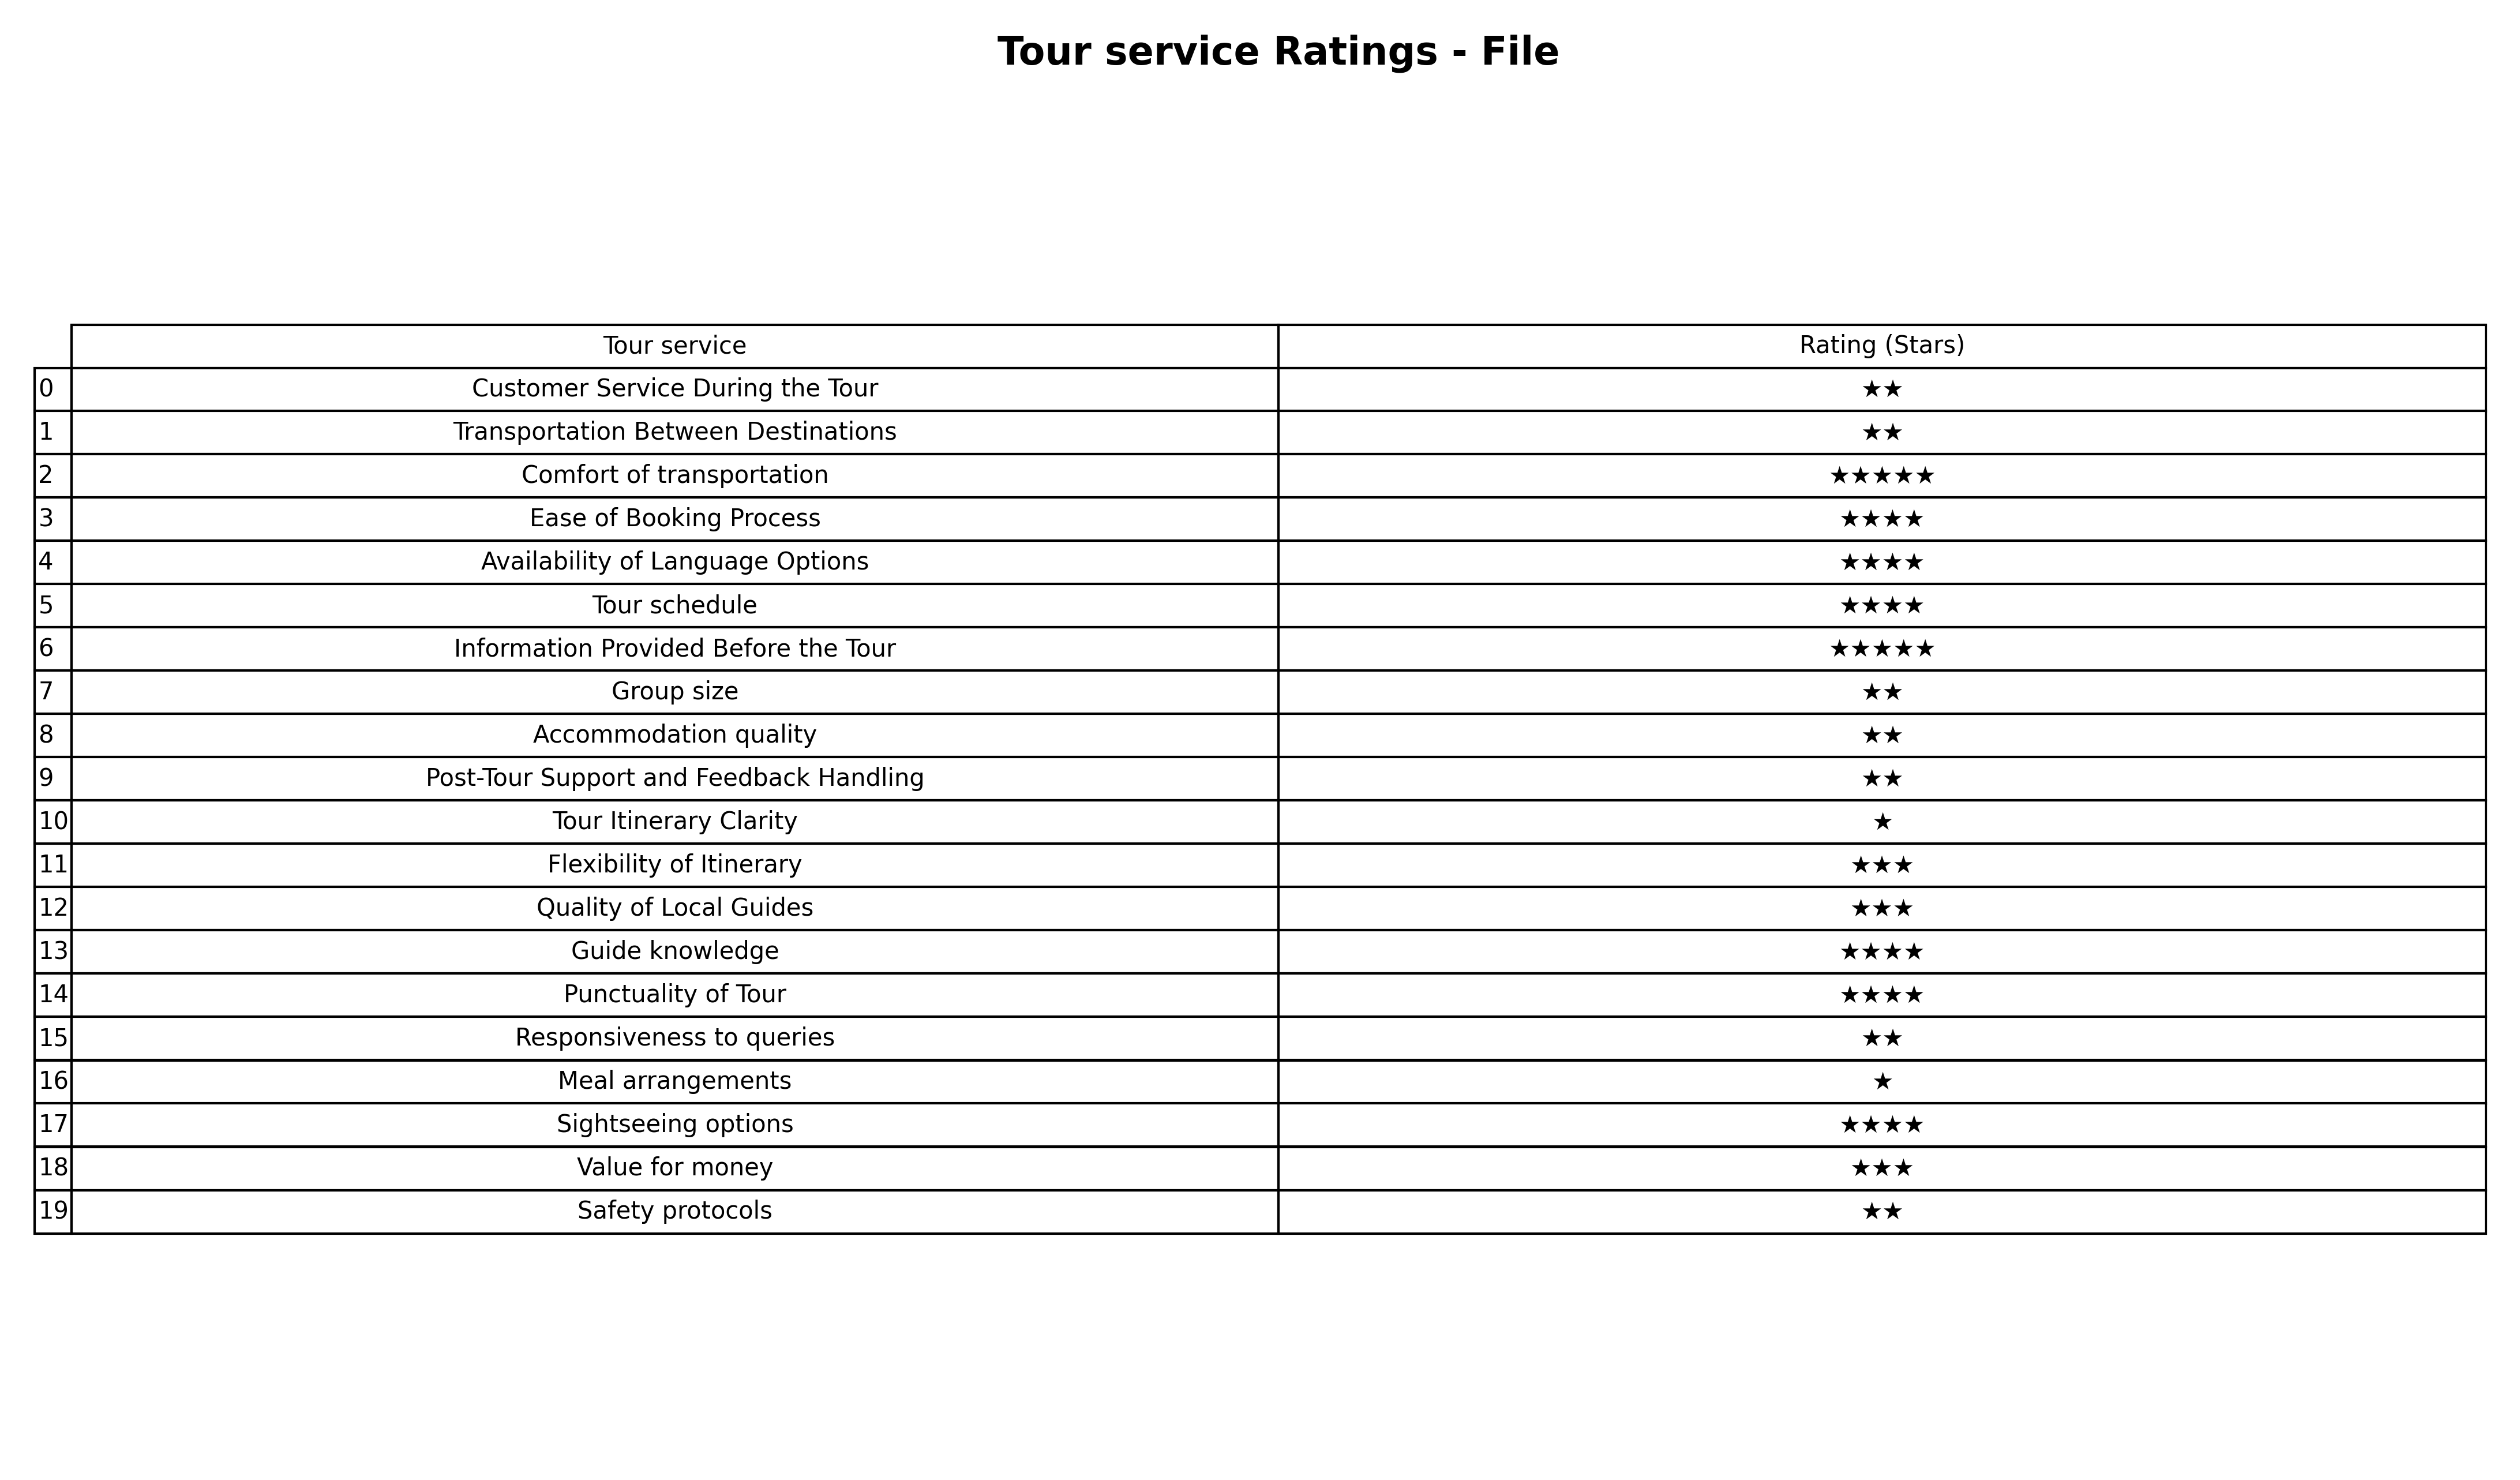
question: What are one star services?
answer: Tour Itinerary ClarityMeal arrangements